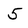
Character: 5